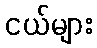
ငယ်များ